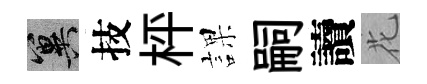
冀技枰課嗣讀花